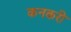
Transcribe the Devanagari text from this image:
कनकरी